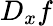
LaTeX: D_{x}f